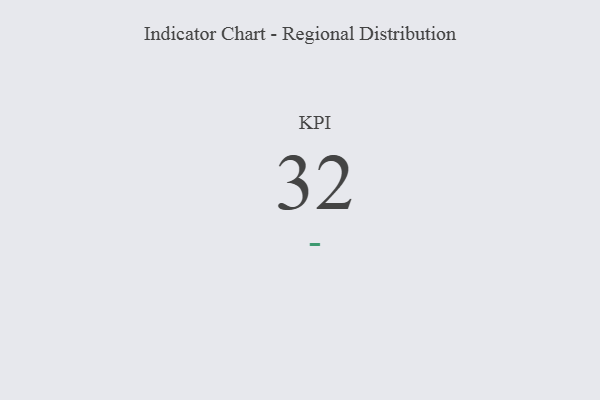
{"axis": {"x": "KPI", "y": "Value"}, "legend": [""], "data": [{"x": "KPI", "y": 32, "type": ""}]}